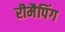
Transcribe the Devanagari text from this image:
रीमैपिंग